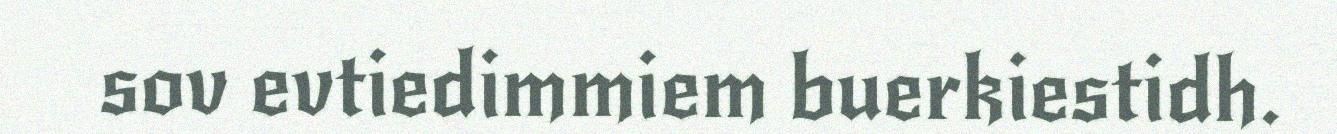
sov evtiedimmiem buerkiestidh.